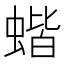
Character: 蝔